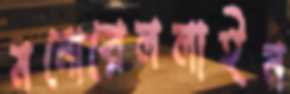
মনোরেললাইন